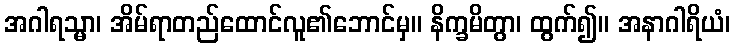
အဂါရသ္မာ၊ အိမ်ရာတည်ထောင်လူ၏ဘောင်မှ။ နိက္ခမိတွာ၊ ထွက်၍။ အနာဂါရိယံ၊